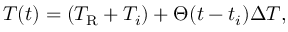
T ( t ) = ( T _ { \mathrm { R } } + T _ { i } ) + \Theta ( t - t _ { i } ) \Delta T ,